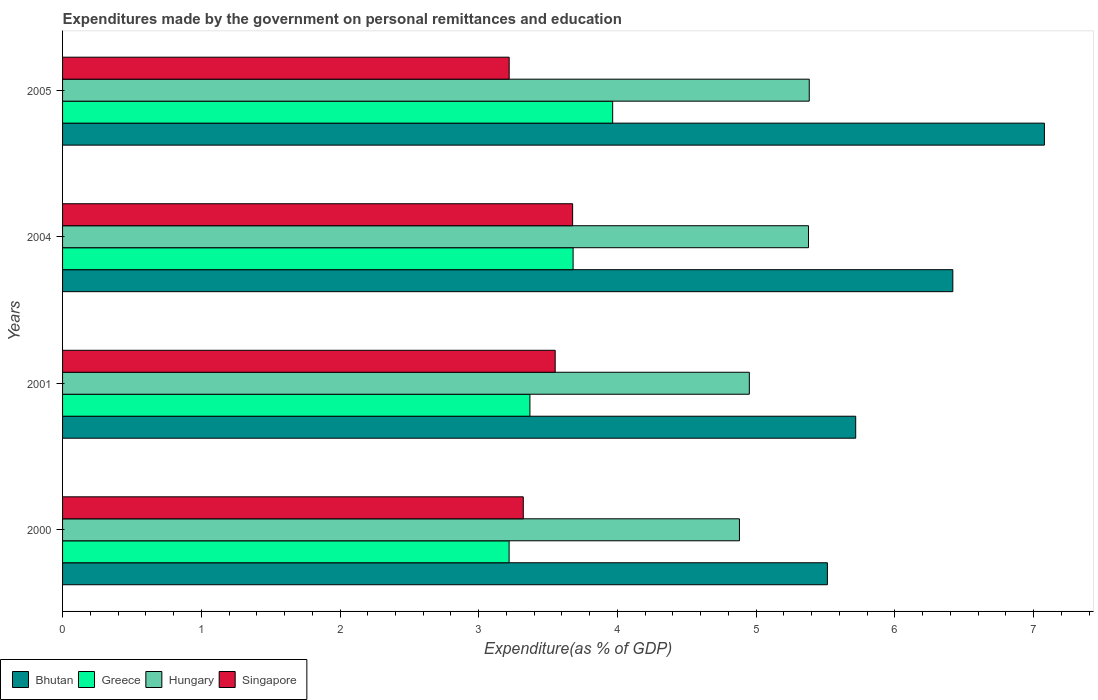
| Years | Bhutan | Greece | Hungary | Singapore |
 | --- | --- | --- | --- | --- |
 | 2000 | 5.51 | 3.22 | 4.88 | 3.32 |
 | 2001 | 5.72 | 3.37 | 4.95 | 3.55 |
 | 2004 | 6.42 | 3.68 | 5.38 | 3.68 |
 | 2005 | 7.08 | 3.97 | 5.38 | 3.22 |